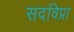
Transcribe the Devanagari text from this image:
सदविप्रा